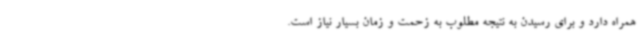
همراه دارد و برای رسیدن به نتیجه مطلوب به زحمت و زمان بسیار نیاز است.